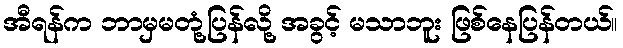
အီရန်က ဘာမှမတုံ့ပြန်လို့ အခွင့် မသာဘူး ဖြစ်နေပြန်တယ်။